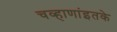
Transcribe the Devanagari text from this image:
चव्हाणांइतके